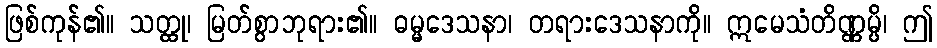
ဖြစ်ကုန်၏။ သတ္ထု၊ မြတ်စွာဘုရား၏။ ဓမ္မဒေသနာ၊ တရားဒေသနာကို။ ဣမေသံတိဏ္ဏမ္ပိ၊ ဤ